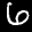
Label: 6